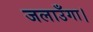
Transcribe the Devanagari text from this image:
जलाउँगा।